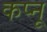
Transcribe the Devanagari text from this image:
कप्नू